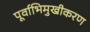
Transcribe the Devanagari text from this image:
पूर्वाभिमुखीकरण